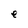
Character: e